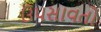
ઉપસાવતો